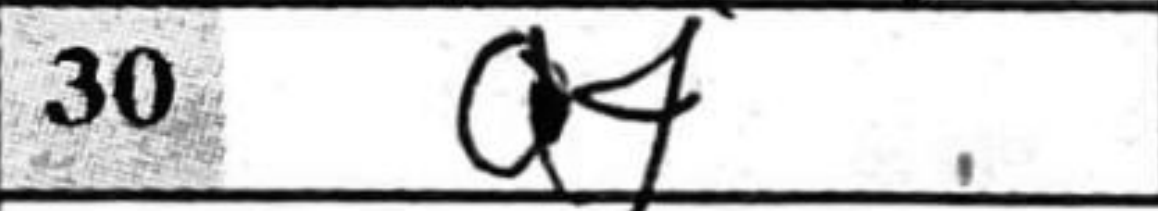
Transcription: a4